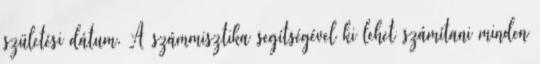
születési dátum. A számmisztika segítségével ki lehet számítani minden